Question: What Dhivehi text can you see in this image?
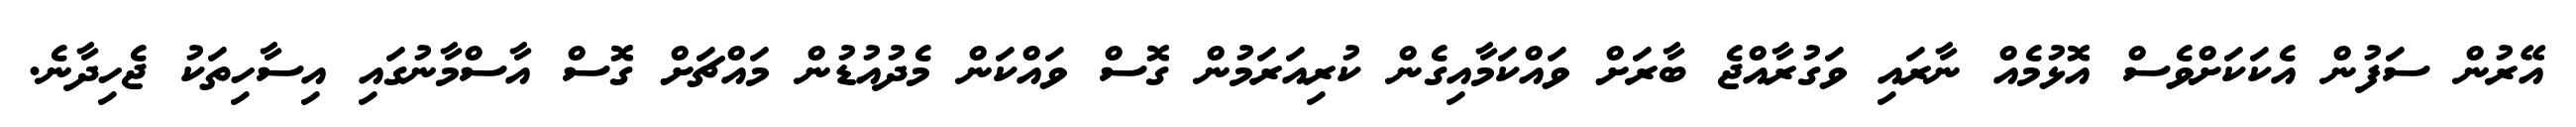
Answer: އޭރުން ސަފުން އެކަކަށްވެސް އޮޅުމެއް ނާރައި ވަގުރާއްޖެ ބާރަށް ވައްކަމާއިގެން ކުރިއަރަމުން ގޮސް ވައްކަން މެދުއުޑުން މައްޗަށް ގޮސް އާސްމާނުގައި އިސާހިތަކު ޖެހިދާނެ.